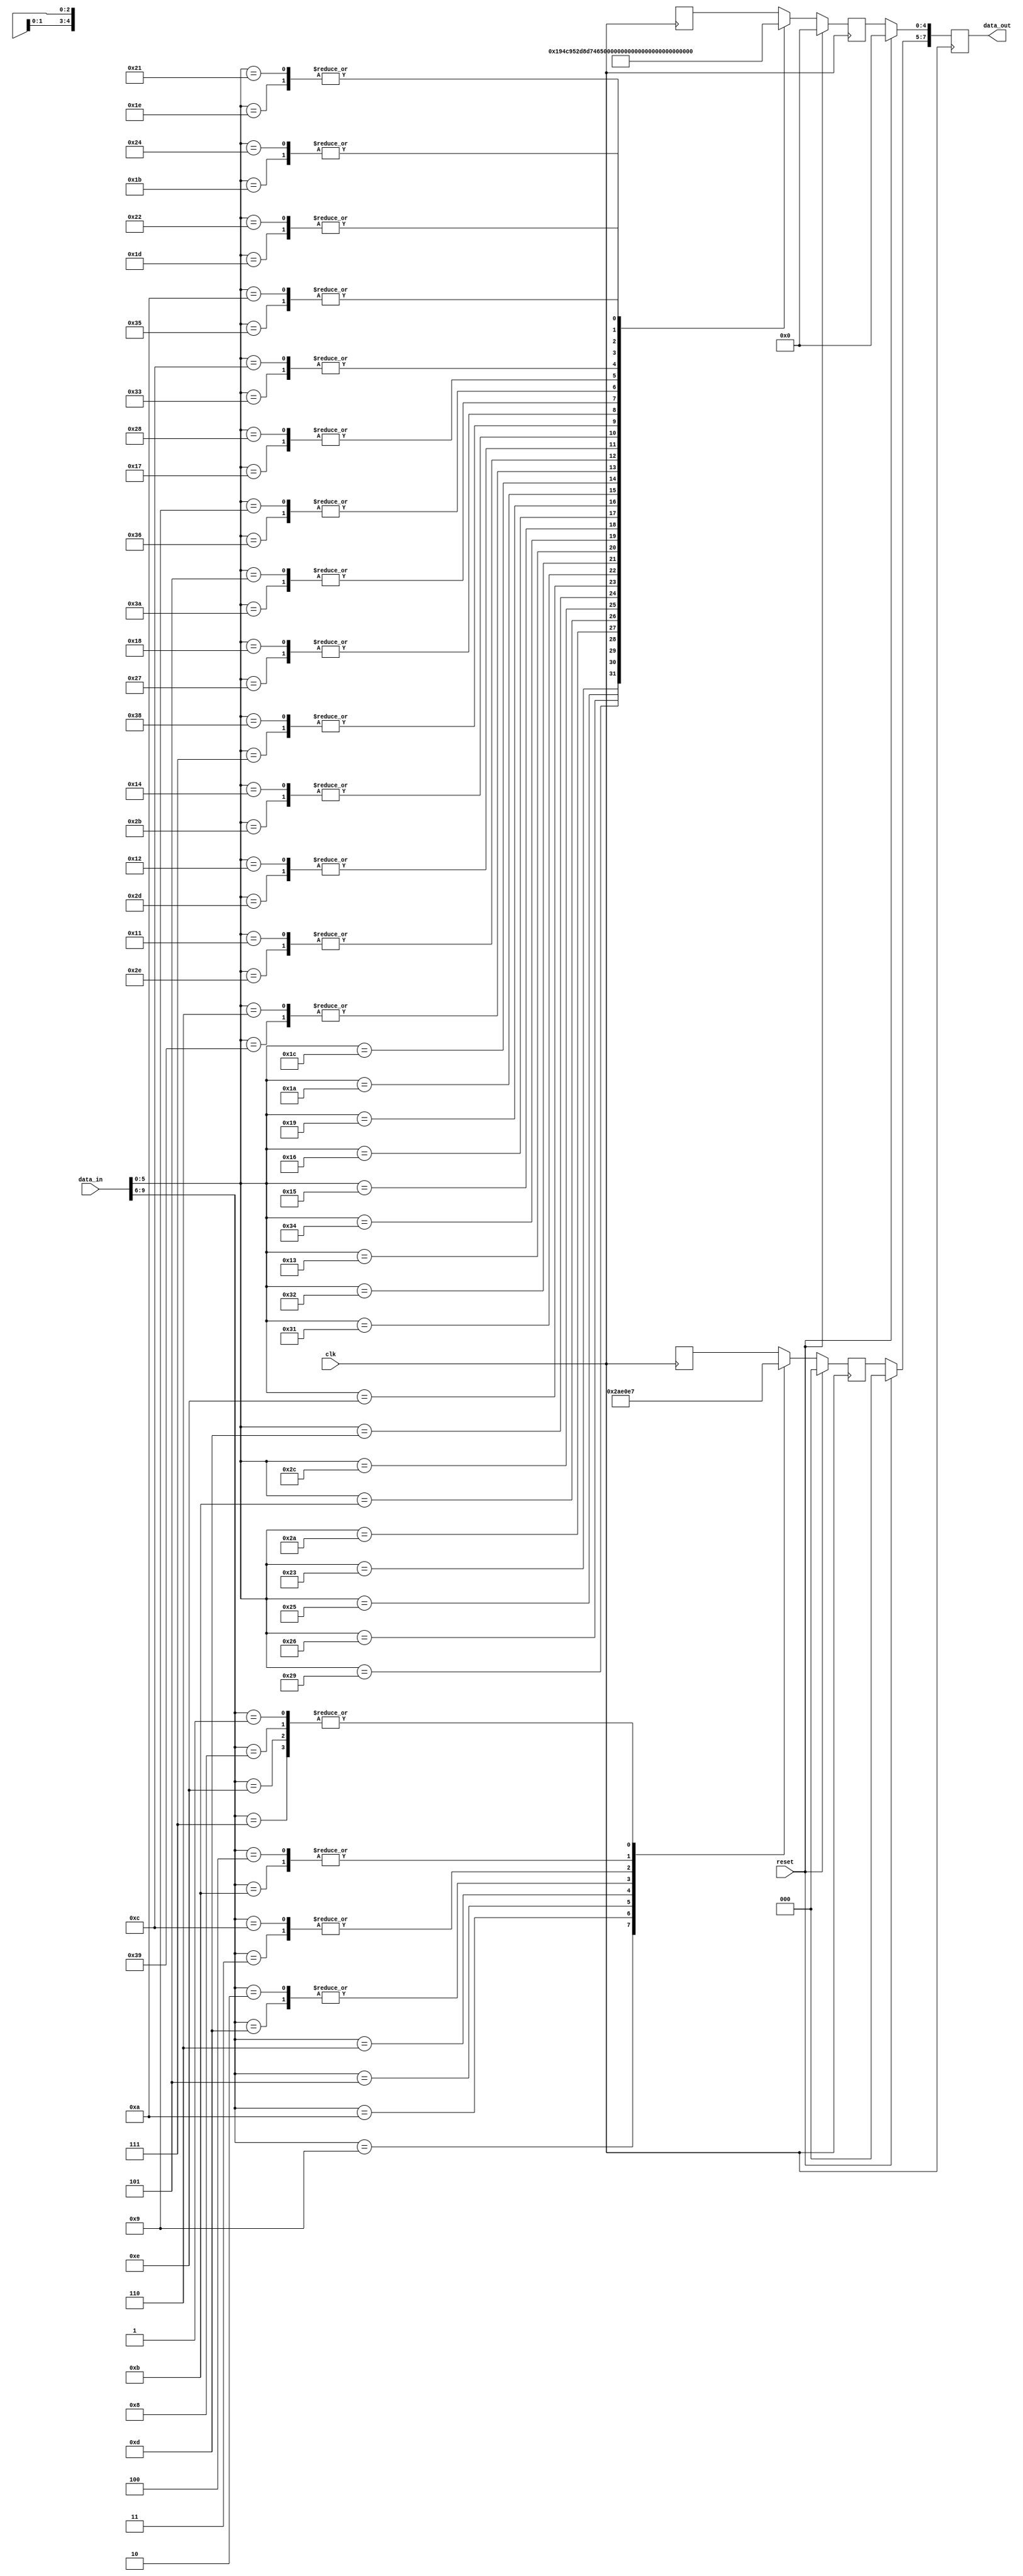
module decode( 
	input clk, reset,
	input [9:0] data_in,
	output reg [7:0] data_out
	);

        reg [5:0] data_in_65;
	reg [3:0] data_in_43;
	reg [4:0] data_out_65;
	reg [2:0] data_out_43;
	
	assign data_in_65 = data_in[5:0];
	assign data_in_43 = data_in[9:6];
	
    always @(posedge clk)
		begin
			if(reset) begin
				data_out <= 0;
                                data_out_43 <= 0;
                                data_out_65 <= 0;
			end
			
		    else begin
			     
				data_out_43 <= decoder4_3(data_in_43);
				data_out_65 <= decoder6_5(data_in_65);
			        data_out[4:0] <= data_out_65;
	                        data_out[7:5] <= data_out_43;
			end
		end
	
	
function [4:0] decoder6_5;
	input [5:0] data_in;
	begin
	
	case (data_in)
		6'b111001 : decoder6_5 = 5'b00000;
		6'b101110 : decoder6_5 = 5'b00001;
		6'b101101 : decoder6_5 = 5'b00010;
		6'b100011 : decoder6_5 = 5'b00011;
		6'b101011 : decoder6_5 = 5'b00100;
		6'b100101 : decoder6_5 = 5'b00101;
		6'b100110 : decoder6_5 = 5'b00110;
		6'b000111 : decoder6_5 = 5'b00111;
		6'b100111 : decoder6_5 = 5'b01000;
		6'b101001 : decoder6_5 = 5'b01001;
		6'b101010 : decoder6_5 = 5'b01010;
		6'b001011 : decoder6_5 = 5'b01011;
		6'b101100 : decoder6_5 = 5'b01100;
		6'b001101 : decoder6_5 = 5'b01101;
		6'b001110 : decoder6_5 = 5'b01110;
		6'b111010 : decoder6_5 = 5'b01111;
		6'b110110 : decoder6_5 = 5'b10000;
		6'b110001 : decoder6_5 = 5'b10001;
		6'b110010 : decoder6_5 = 5'b10010;
		6'b010011 : decoder6_5 = 5'b10011;
		6'b110100 : decoder6_5 = 5'b10100;
		6'b010101 : decoder6_5 = 5'b10101;
		6'b010110 : decoder6_5 = 5'b10110;
		6'b010111 : decoder6_5 = 5'b10111; 
		6'b110011 : decoder6_5 = 5'b11000;
		6'b011001 : decoder6_5 = 5'b11001;
		6'b011010 : decoder6_5 = 5'b11010;
		6'b011011 : decoder6_5 = 5'b11011;
		6'b011100 : decoder6_5 = 5'b11100;
		6'b011101 : decoder6_5 = 5'b11101;
		6'b011110 : decoder6_5 = 5'b11110;
		6'b110101 : decoder6_5 = 5'b11111;
		
		6'b000110 : decoder6_5 = 5'b00000;
		6'b010001 : decoder6_5 = 5'b00001;
		6'b010010 : decoder6_5 = 5'b00010;
		6'b010100 : decoder6_5 = 5'b00100;
		6'b111000 : decoder6_5 = 5'b00111;
		6'b011000 : decoder6_5 = 5'b01000;
		6'b000101 : decoder6_5 = 5'b01111;
		6'b001001 : decoder6_5 = 5'b10000;
		6'b101000 : decoder6_5 = 5'b10111;
		6'b001100 : decoder6_5 = 5'b11000;
		6'b100100 : decoder6_5 = 5'b11011;
		6'b100010 : decoder6_5 = 5'b11101;
		6'b100001 : decoder6_5 = 5'b11110;
		6'b001010 : decoder6_5 = 5'b11111;
	endcase
	end
endfunction

function [2:0] decoder4_3;
	input [3:0] data_input;
	begin
	
	case (data_input)
		4'b1101 : decoder4_3 = 3'b000;
		4'b1001 : decoder4_3 = 3'b001;
		4'b1010 : decoder4_3 = 3'b010;
		4'b0011 : decoder4_3 = 3'b011;
		4'b1011 : decoder4_3 = 3'b100;
		4'b0101 : decoder4_3 = 3'b101;
		4'b0110 : decoder4_3 = 3'b110;
		4'b0111 : decoder4_3 = 3'b111;
		
		4'b1110 : decoder4_3 = 3'b111;
		4'b0010 : decoder4_3 = 3'b000;
		4'b1100 : decoder4_3 = 3'b011;
		4'b0100 : decoder4_3 = 3'b100;
		4'b1000 : decoder4_3 = 3'b111;
		4'b0001 : decoder4_3 = 3'b111;
	endcase
	end
endfunction


endmodule